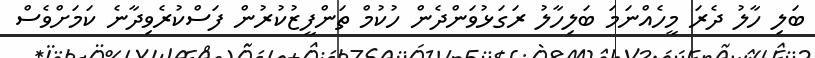
ބަލި ހާލު ދެރަ މީހެއްނަމަ ބަލިހާލު ރަގަޅުވަންދެން ހުކުމް ތަންފީޒުކުރުން ފަސްކުރެވިދާނެ ކަމަށްވެސް